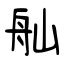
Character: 舢